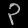
Digit: ၃